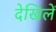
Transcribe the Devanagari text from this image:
देखिलें